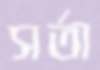
সর্তা